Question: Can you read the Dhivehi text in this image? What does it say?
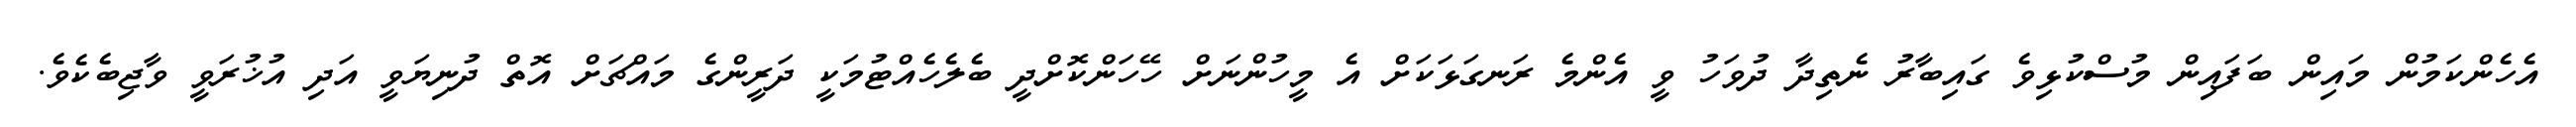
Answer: އެހެންކަމުން މައިން ބަފައިން މުސްކުޅިވެ ގައިބާރު ނެތިދާ ދުވަހު ވީ އެންމެ ރަނގަޅަކަށް އެ މީހުންނަށް ހޭހަންކޮށްދީ ބެލެހެއްޓުމަކީ ދަރީންގެ މައްޗަށް އޮތް ދުނިޔަވީ އަދި އުޚުރަވީ ވާޖިބެކެވެ.